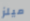
ميلز